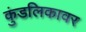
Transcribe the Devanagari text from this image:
कुंडलिकावर